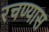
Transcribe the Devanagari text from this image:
रचण्यास